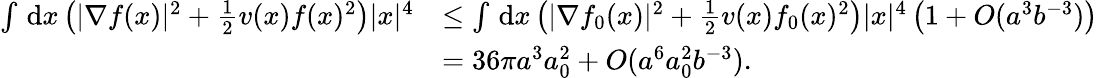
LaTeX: \begin{array}{rl}{\int\, \textnormal{d}x\left(|\nabla f(x)|^{2}+\frac{1}{2}v(x)f(x)^{2}\right)|x|^{4}}&{\leq\int\, \textnormal{d}x\left(|\nabla f_{0}(x)|^{2}+\frac{1}{2}v(x)f_{0}(x)^{2}\right)|x|^{4}\left(1+O(a^{3}b^{-3})\right)}\\ &{=36\pi a^{3}a_{0}^{2}+O(a^{6}a_{0}^{2}b^{-3}).}\end{array}